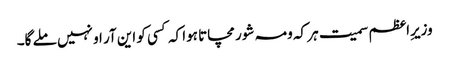
وزیرِاعظم سمیت ہر کہ ومہ شور مچاتا ہوا کہ کسی کو این آر او نہیں ملے گا۔